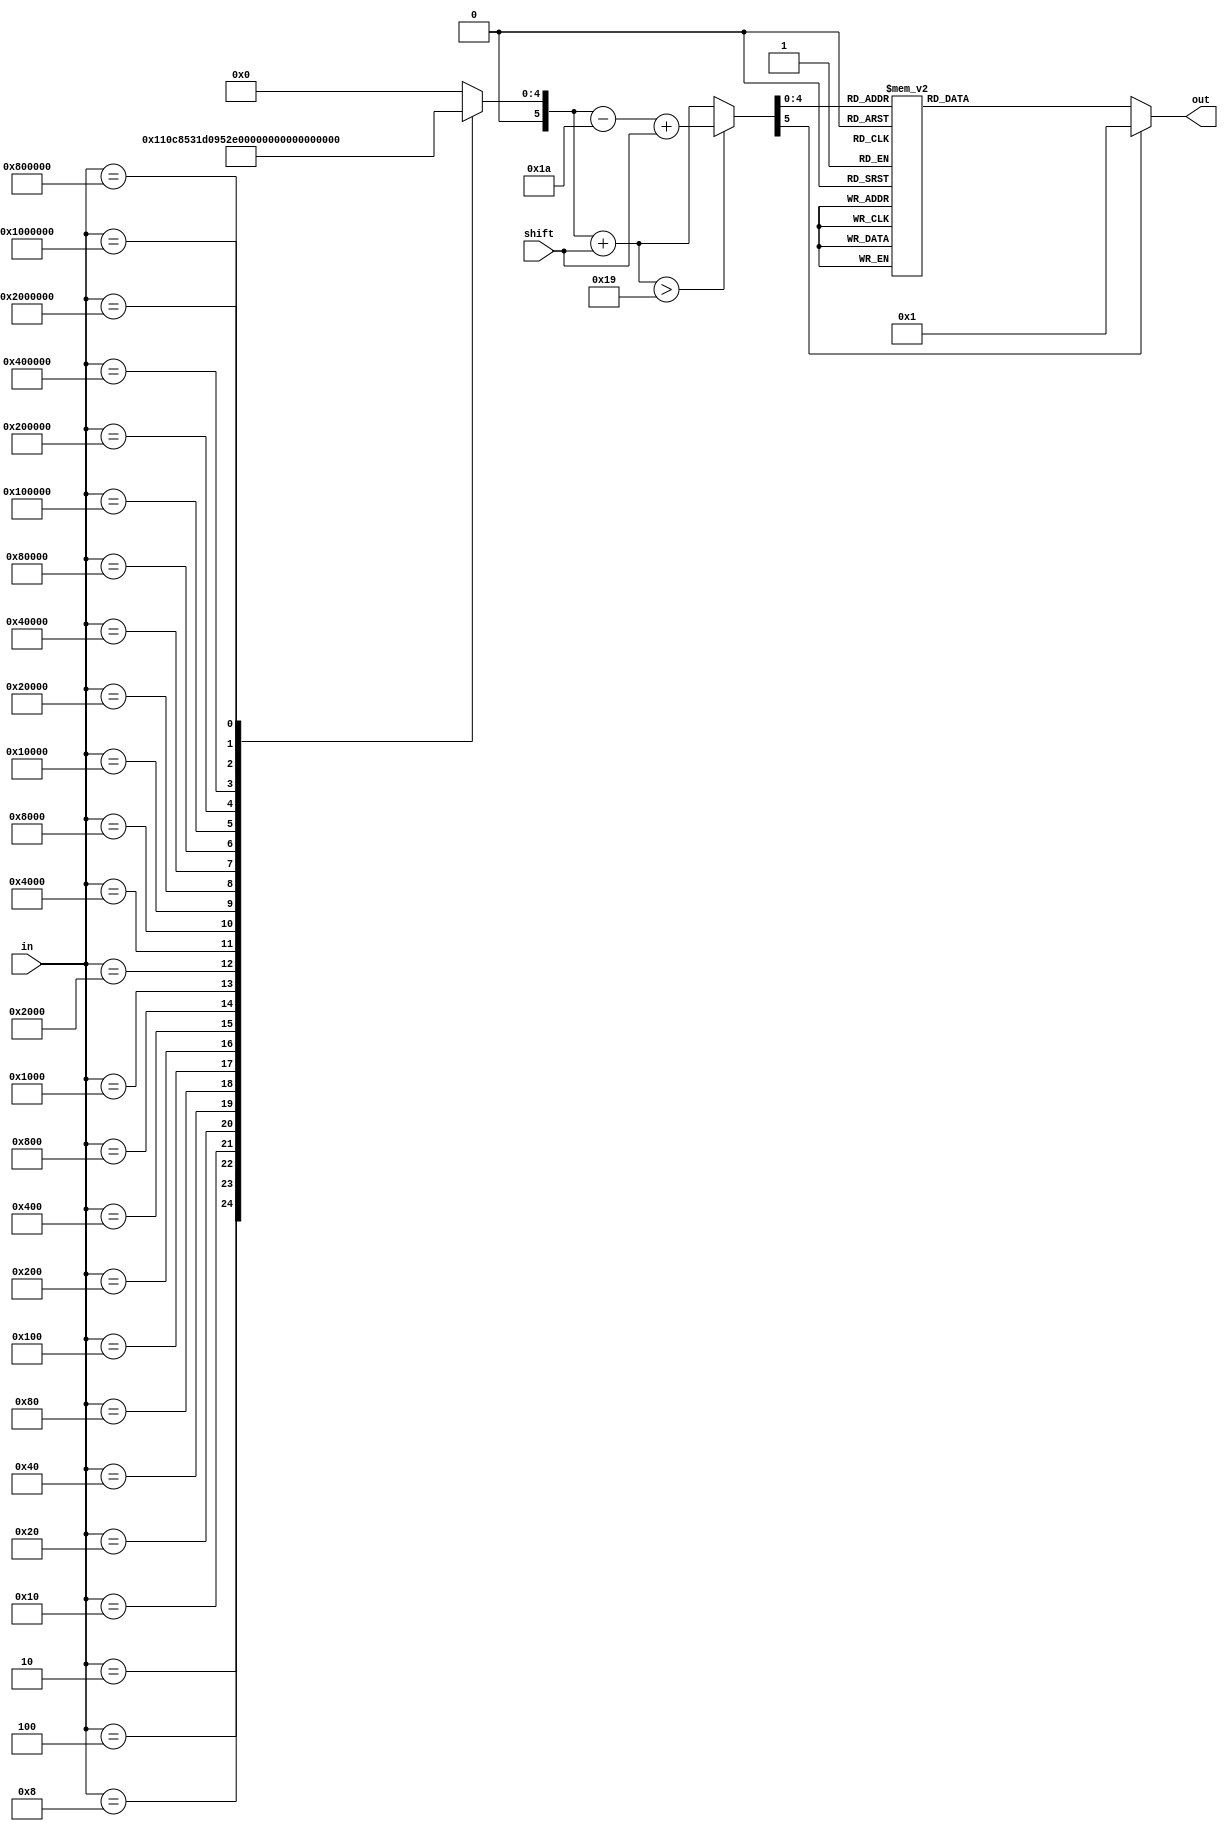

module left(
		input wire [5:0]shift,
		input wire [25:0]in,
		output reg [25:0]out
	);

reg [5:0] five;
always @*
	case(in)
		26'h0000001: five=6'd0;
		26'h0000002: five=6'd1;
		26'h0000004: five=6'd2;
		26'h0000008: five=6'd3;
		26'h0000010: five=6'd4;
		26'h0000020: five=6'd5;
		26'h0000040: five=6'd6;
		26'h0000080: five=6'd7;
		26'h0000100: five=6'd8;
		26'h0000200: five=6'd9;
		26'h0000400: five=6'd10;
		26'h0000800: five=6'd11;
		26'h0001000: five=6'd12;
		26'h0002000: five=6'd13;
		26'h0004000: five=6'd14;
		26'h0008000: five=6'd15;
		26'h0010000: five=6'd16;
		26'h0020000: five=6'd17;
		26'h0040000: five=6'd18;
		26'h0080000: five=6'd19;
		26'h0100000: five=6'd20;
		26'h0200000: five=6'd21;
		26'h0400000: five=6'd22;
		26'h0800000: five=6'd23;
		26'h1000000: five=6'd24;
		26'h2000000: five=6'd25;
	default:
		five=6'd0;
	endcase

wire [5:0] five2 = ((five+shift)>6'd25) ? five-6'd26+shift : five+shift ;
always @* 
	case(five2)
		6'd0:	out=		26'h0000001;
		6'd1:	out=		26'h0000002;
		6'd2:out=		26'h0000004;
		6'd3:out=		26'h0000008;
		6'd4:out=		26'h0000010;
		6'd5:out=		26'h0000020;
		6'd6:out=		26'h0000040;
		6'd7:out=		26'h0000080;
		6'd8:out=		26'h0000100;
		6'd9:out=		26'h0000200;
		6'd10:out=		26'h0000400;
		6'd11:out=		26'h0000800;
		6'd12:out=		26'h0001000;
		6'd13:out=		26'h0002000;
		6'd14:out=		26'h0004000;
		6'd15:out=		26'h0008000;
		6'd16:out=		26'h0010000;
		6'd17:out=		26'h0020000;
		6'd18:out=		26'h0040000;
		6'd19:out=		26'h0080000;
		6'd20:out=		26'h0100000;
		6'd21:out=		26'h0200000;
		6'd22:out=		26'h0400000;
		6'd23:out=		26'h0800000;
		6'd24:out=		26'h1000000;
		6'd25:out=		26'h2000000;
	default:
		out=26'd1;
	endcase
endmodule